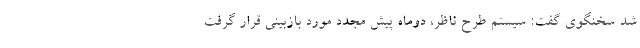
شد سخنگوی گفت: سیستم طرح ناظر، دوماه پیش مجدد مورد بازبینی قرار گرفت